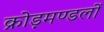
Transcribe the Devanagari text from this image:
क्रोड़मण्डलों